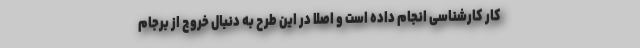
کار کارشناسی انجام داده است و اصلا در این طرح به دنبال خروج از برجام